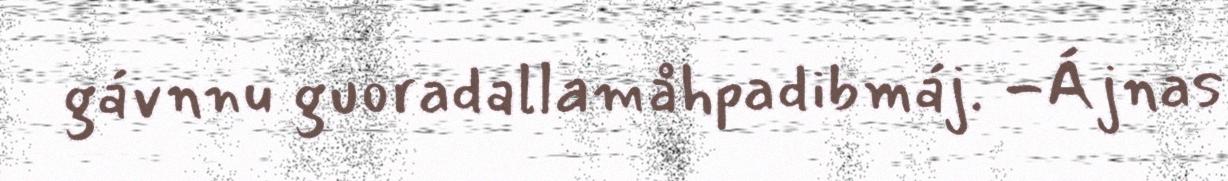
gávnnu guoradallamåhpadibmáj. -Ájnas